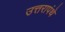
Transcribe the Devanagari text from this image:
उत्तरापंथे